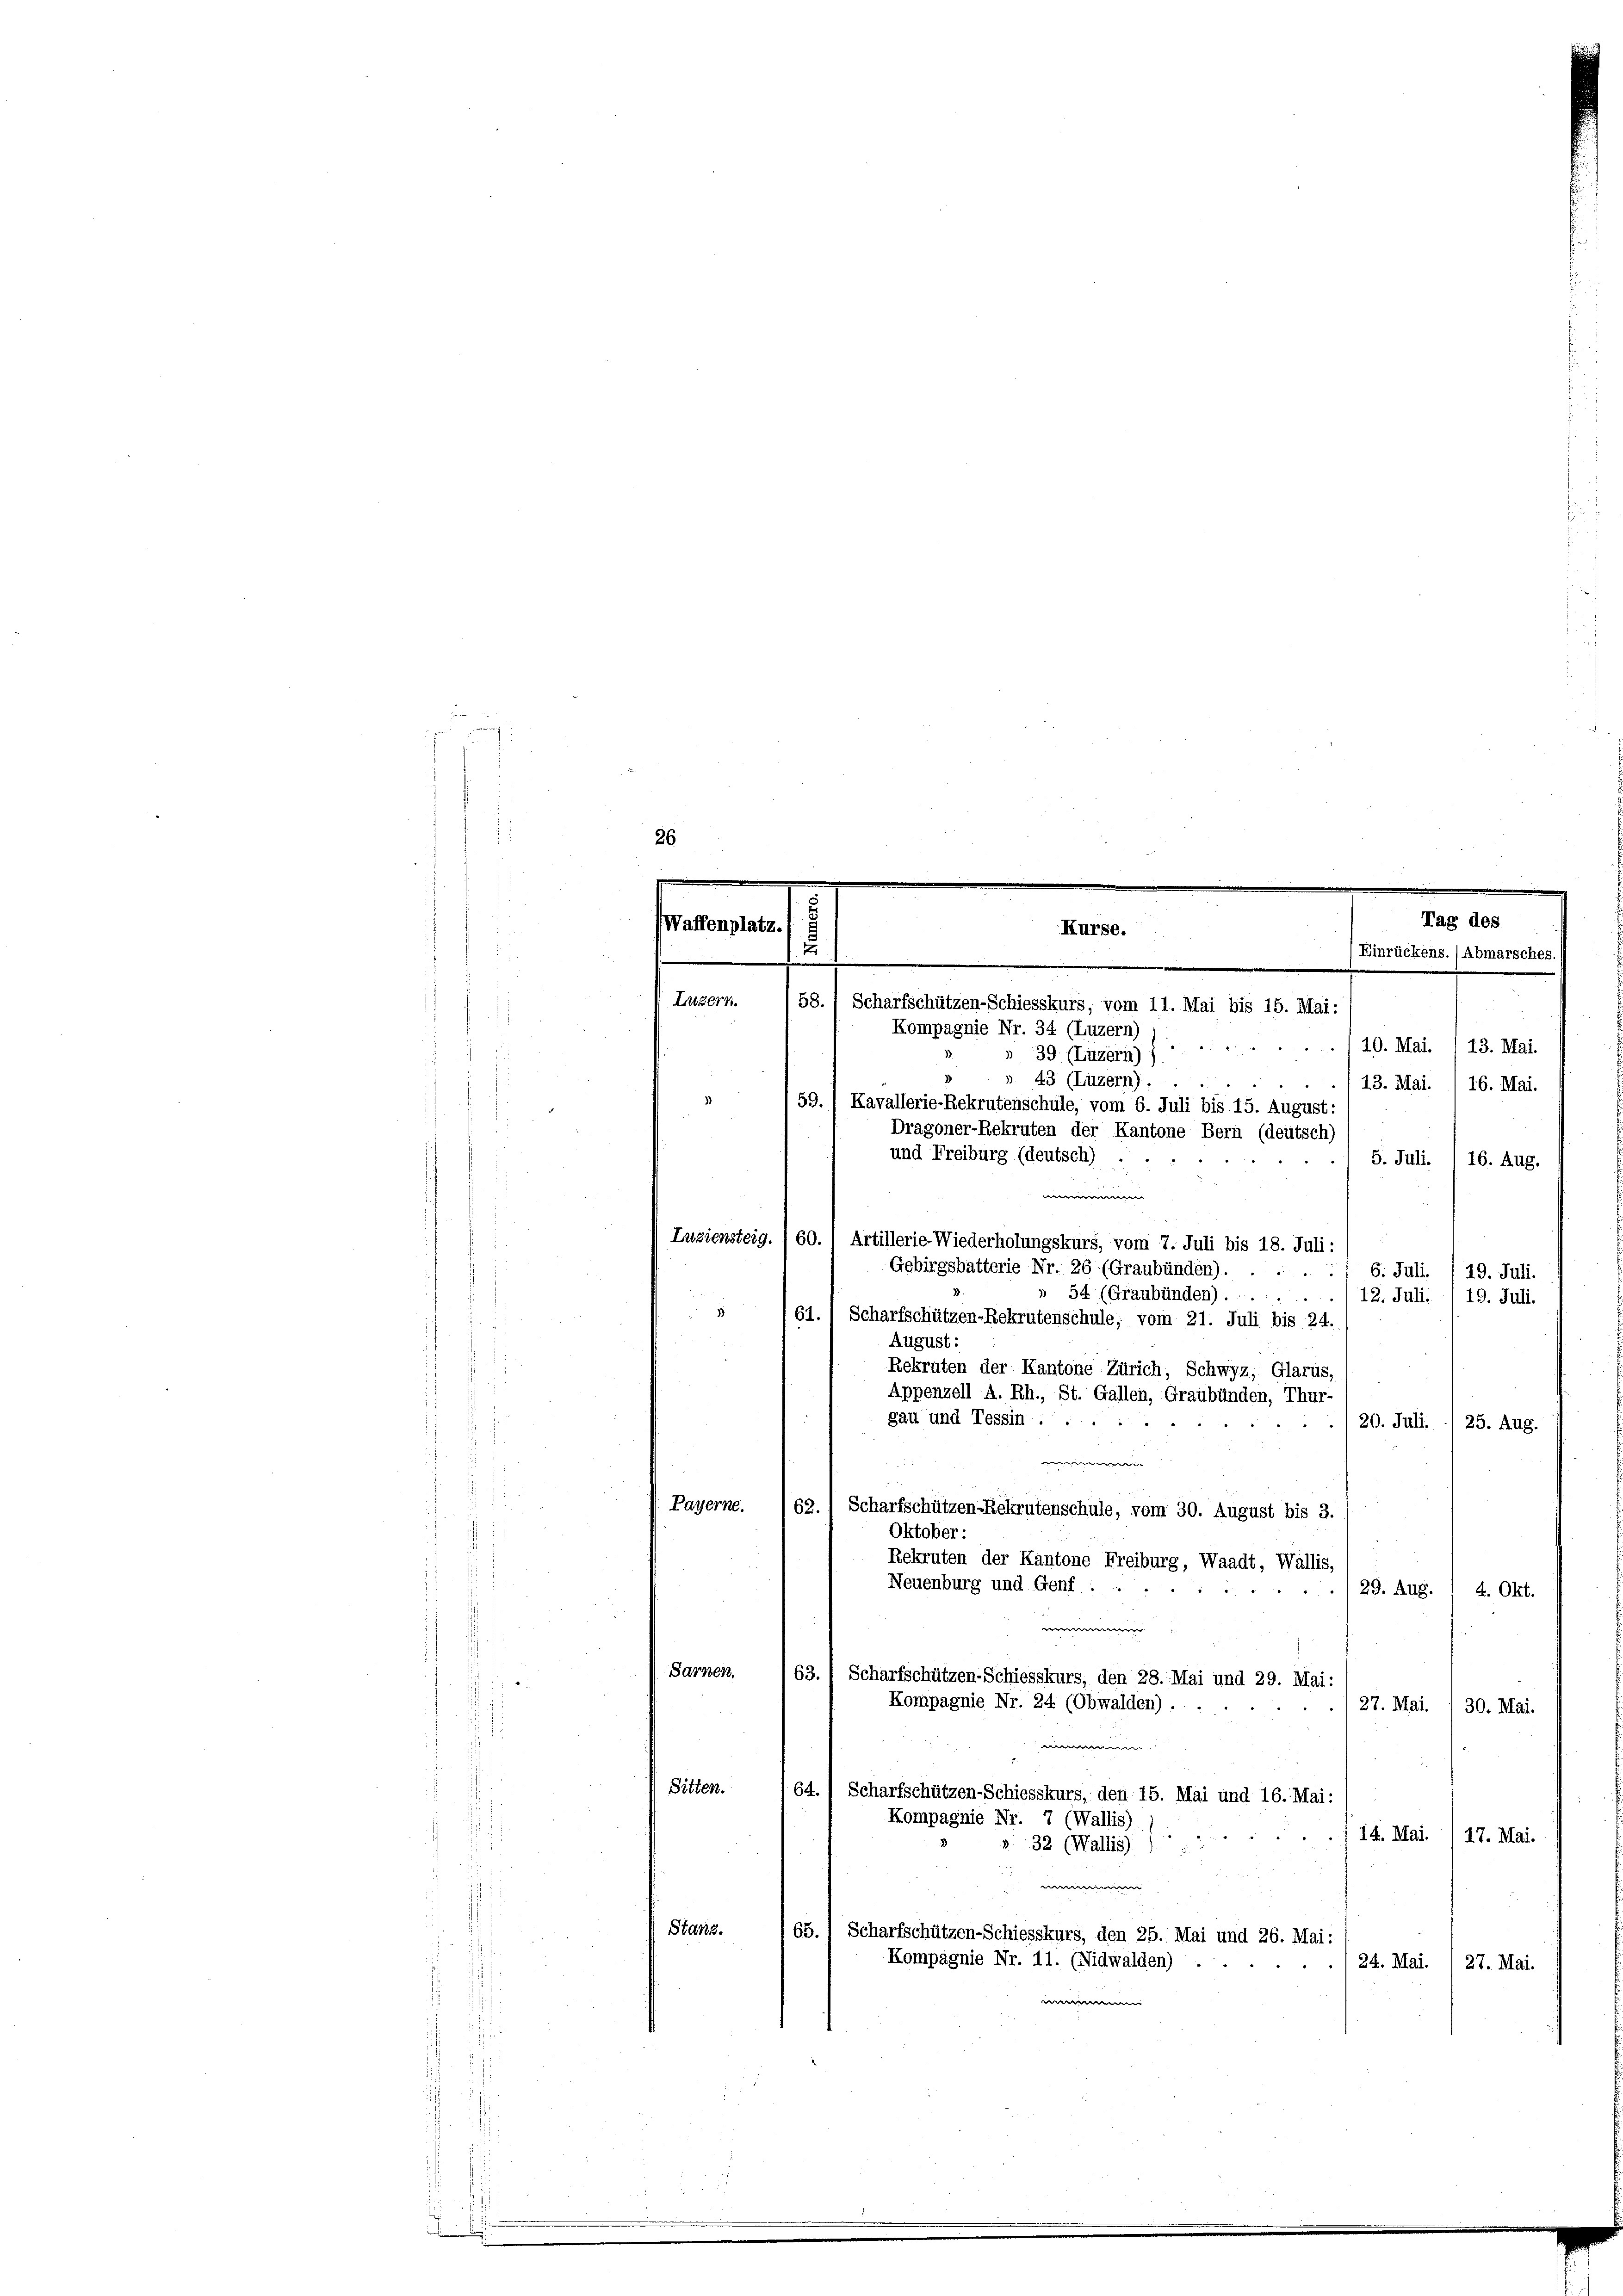
.

affenplat,

58. Scharfschützen-Schiesskurs, vom 11. Mai bis 15. Mai:
Kompagnie Nr. 34 (Luzern)
» 39 (Luzern) )
». 43 (Luzern).
59.) Kavallerie-Rekrutenschule, vom 6. Juli bis 15. August:
Dragoner-Rekruten der Kantone Bern (deutsch)
5. Juli. I 16. Aug.
Luziensteig. 160.
: 16. Juli 119. Juli.
» 54 (Graubünden).
61.  Scharfschützen-Rekrutenschule, vom 21. Juli bis 24.
August:
Rekruten der Kantone Zürich, Schwyz, Glarus
Appenzell A. Rh., St. Gallen, Graubünden, Thur-
gau und Tessin :
20. Juli. / 25. Aug.
i
Payerne. (62. Scharfschützen-Rekrutenschule, vom 30. August bis 3.
Oktober:
Rekruten der Kantone Freiburg, Waadt, Wallis,
Neuenburg und Genf :
29. Aug. 1 4. Okt.
e
Sarnen.
63. 1 Scharfschützen-Schiesskurs, den 28. Mai und 29. Mai:
Kompagnie Nr. 24 (Obwalden).
27. Mai. / 30. Mai.
e
Sitten.
64.) Scharfschützen-Schiesskurs, den 15. Mai und 16. Mai:
Kompagnie Nr. 7 (Wallis)
14. Mai. 1 17. Mai.
». 32 (Wallis)
e
Stanz.
65.) Scharfschützen-Schiesskurs, den 25. Mai und 26. Mai:
Kompagnie Nr. 11. (Nidwalden)
24. Mai. 1 27. Mai.

Luzern.

und Freiburg (deutsch)

.

Kurse.

w
Artillerie-Wiederholungskurs, vom 7. Juli bis 18. Juli:
Gebirgsbatterie Nr. 26. (Graubünden).

Tag des
Einrückens. / Abmarsches
/10. Mai. 113. Mai
13. Mai. / 16. Mai.

12. Juli: /19. Juli.